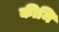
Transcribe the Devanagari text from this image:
कीमि